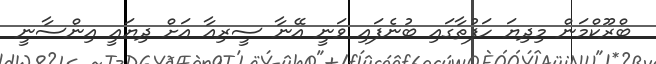
ބްރޫކްމަން މިދިޔަ ހަފުތާގައި ބުނެފައި ވަނީ އޭނާ ސީރިއާ އަށް ދިޔައީ އިންސާނީ